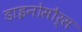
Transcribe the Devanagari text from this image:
डाइनोसौर्स